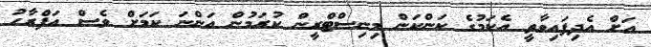
އަށް އެދިފައިވާތީ އެކަމުގެ ކަންކަން މިނިސްޓްރީން ކުރަމުން އަންނަ ކަމަށް ވެސް އަފްރާހު